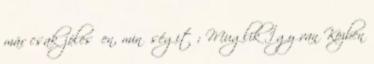
már csak jólesően, minőségit ; Muglik Így van Közben